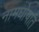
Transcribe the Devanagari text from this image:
नामघोषात